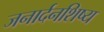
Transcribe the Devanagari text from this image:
जनार्दनशिष्य